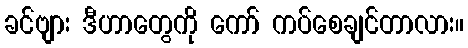
ခင်ဗျား ဒီဟာတွေကို ကော် ကပ်စေချင်တာလား။